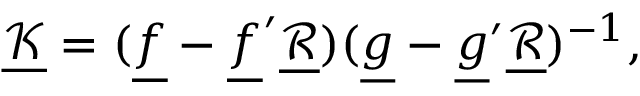
\underline { { \mathcal { K } } } = ( \underline { { f } } - \underline { { f } } ^ { \prime } \underline { { \mathcal { R } } } ) ( \underline { { g } } - \underline { { g } } ^ { \prime } \underline { { \mathcal { R } } } ) ^ { - 1 } ,